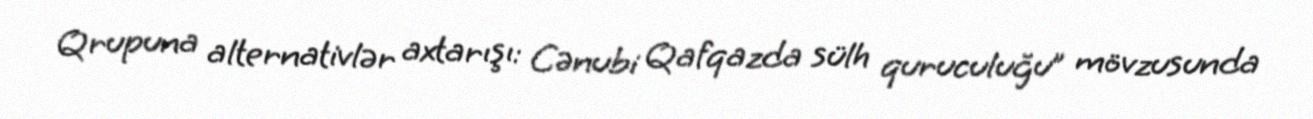
Qrupuna alternativlər axtarışı: Cənubi Qafqazda sülh quruculuğu” mövzusunda